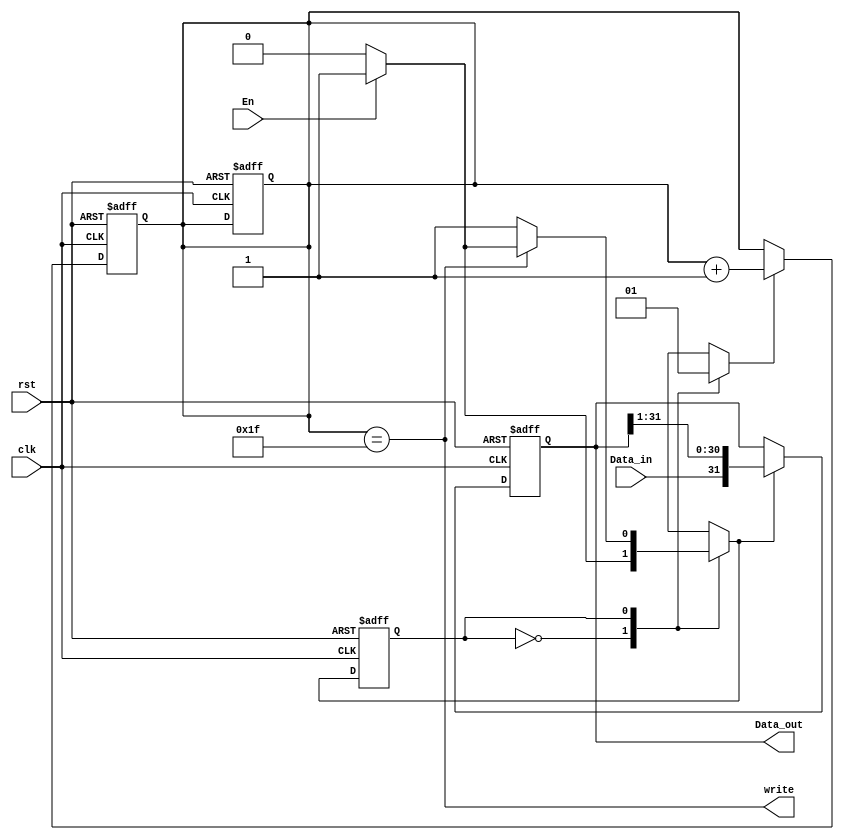
module Ser_Par_Conv_32 (Data_out, write, Data_in, En, clk, rst);
  output [31: 0] 	Data_out;
  output  	write;
  input 		Data_in;
  input		En, clk, rst;
  parameter	S_idle = 0;
  parameter	S_1 = 1;
 
  reg 		state, next_state;
  reg 	[4: 0] 	cnt;
  reg 		Data_out;
  reg 		shift, incr;

  always @ (posedge clk or posedge rst)
    if (rst) begin state <= S_idle; cnt <= 0; end
    else state <= next_state;

  always @ (state or En or write) begin
    shift = 0;
    incr = 0;
    next_state = state;
    case (state)
      S_idle:	if (En) begin next_state  = S_1; shift = 1; end
      S_1: 	if (!write) begin shift = 1; incr = 1; end 
		else if (En) begin shift = 1; incr = 1; end 
else begin next_state = S_idle; incr = 1; end 
    endcase
  end

  always @ (posedge clk or posedge rst)
    if (rst) begin cnt <= 0;  end
    else if (incr) cnt <= cnt +1;

    always @ (posedge clk or posedge rst)
      if (rst) Data_out <= 0;
      else if (shift) Data_out <= {Data_in, Data_out [31:1]};

  assign write = (cnt == 31);	 
endmodule